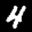
Digit: 4